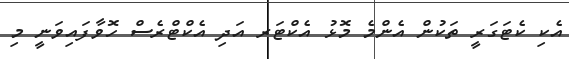
އެކި ކެޓަގަރީ ތަކުން އެންމެ މޮޅު އެކްޓަރ އަދި އެކްޓްރެސް ހޮވާފައިވަނީ މި